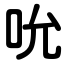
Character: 吮